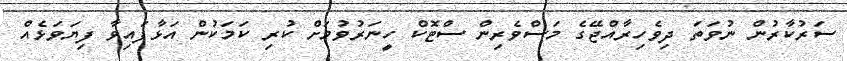
ސަރުކާރުން ނުވަތަ ދިވެހިރާއްޖޭގެ މަސްވެރިން ސްޓޮކް ހީނަރުވުމަށް ކުރި ކަމަކުން އަޅާފައިވާ ފިޔަވަޅެއް